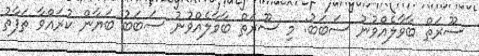
ސޫރަތް ބާވާލެއްވުނު ސަބަބު: މި ސޫރަތް ބާވާލެއްވުނު ސަބަބު ބަޔާން ކުރައްވާ ތަފާތު